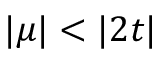
| \mu | < | 2 t |